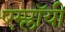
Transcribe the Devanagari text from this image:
एम्प्लॉयी